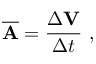
{ \overline { { \mathbf { A } } } } = { \frac { \Delta \mathbf { V } } { \Delta t } } \ ,